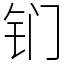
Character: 钔